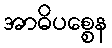
အာဓိပစ္စေန